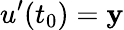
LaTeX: u^{\prime}(t_{0})=\mathbf{y}